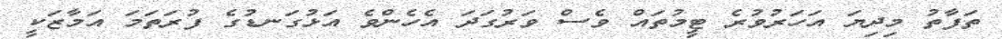
ތަފާތު މިދިޔަ އަހަރުވުރެ ޓީމުތައް ވެސް ވަރުގަދަ އެހެންވެ އަޅުގަނޑުގެ ފުރަތަމަ އަމާޒަކީ